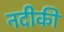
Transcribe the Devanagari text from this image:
नदीकी